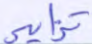
تزايد